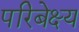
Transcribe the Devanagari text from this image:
परिबेक्ष्य